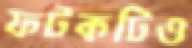
ফটকটিও